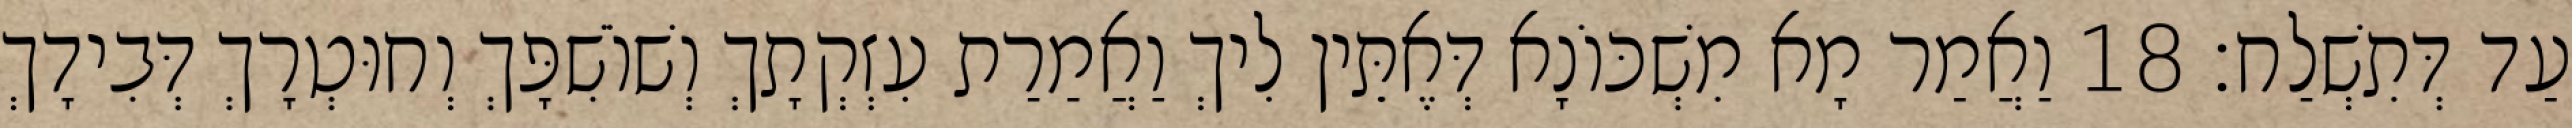
עַד דְּתִשְׁלַח׃ 18 וַאֲמַר מָא מִשְׁכּוֹנָא דְּאֶתֵּין לִיךְ וַאֲמַרַת עִזְקְתָךְ וְשׁוֹשִׁפָּךְ וְחוּטְרָךְ דְּבִידָךְ